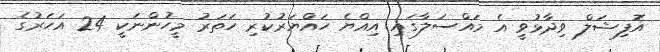
އޮފިޝަލް ވިދާޅުވީ އެ މައްސަލާގައި އިއްޔެ ހައްޔަރުކުރި ހަތަރު މީހުންނަކީ 24 އަހަރުގެ